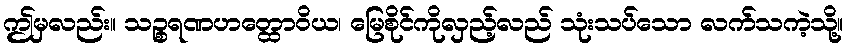
ဤမှလည်း။ သဉ္စရဏဟတ္ထောဝိယ၊ မြေစိုင်ကိုလှည့်လည် သုံးသပ်သော လက်သကဲ့သို့။